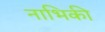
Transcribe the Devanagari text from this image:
नाभिकी